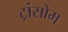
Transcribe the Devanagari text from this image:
ट्रांसोम